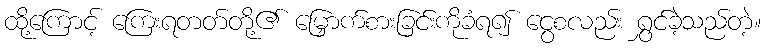
ထို့ကြောင့် ကြေးရတတ်တို့၏ မြှောက်စားခြင်းကိုခံရ၍ ငွေစလည်း ရွှင်ခဲ့သည်တဲ့။